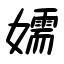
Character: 嬬